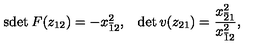
\begin{array} { c c } { \mathrm { s d e t } \: F ( z _ { 1 2 } ) = - x _ { \bar { 1 } 2 } ^ { 2 } , } & { \det v ( z _ { 2 1 } ) = \displaystyle { \frac { x _ { \bar { 2 } 1 } ^ { 2 } } { x _ { \bar { 1 } 2 } ^ { 2 } } } , } \\ \end{array}